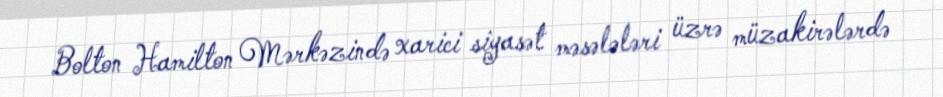
Bolton Hamilton Mərkəzində xarici siyasət məsələləri üzrə müzakirələrdə